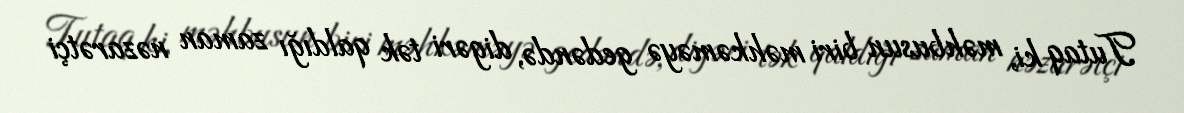
Tutaq ki, məhbusun biri məhkəməyə gedəndə, digəri tək qaldığı zaman nəzarətçi